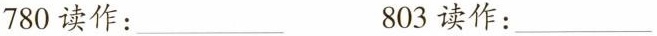
780读作：___ 803读作：___